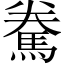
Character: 駦